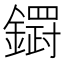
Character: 𮣓